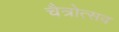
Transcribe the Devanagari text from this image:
चैत्रोत्सव